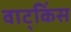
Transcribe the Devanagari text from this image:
वाट्किंस